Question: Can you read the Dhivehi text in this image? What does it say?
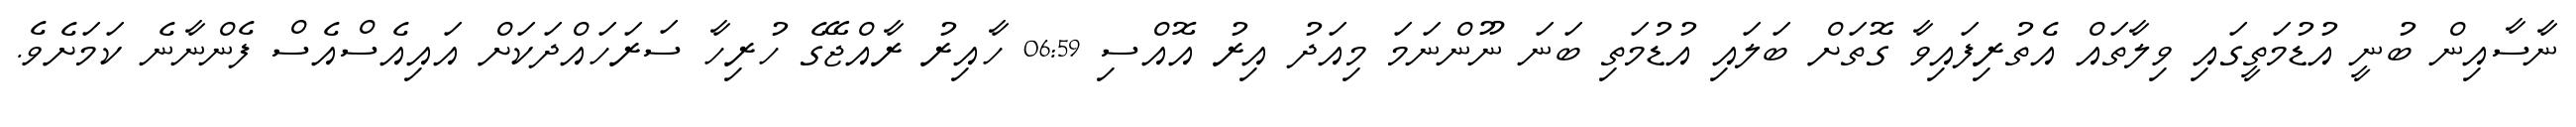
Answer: ނާސާއިން ބުނީ އުޑުމަތީގައި ވިލާތައް އެތުރިފައިވާ ގޮތަށް ބަލައި އުޑުމަތި ބަނަ ނޫންނަމަ މިއަދު އިރު އޮއްސި 06:59 ހާއިރު ރާއްޖޭގެ ހުރިހާ ސަރަހައްދަކަށް އައިއެސްއެސް ފެންނާނެ ކަމަށެވެ.